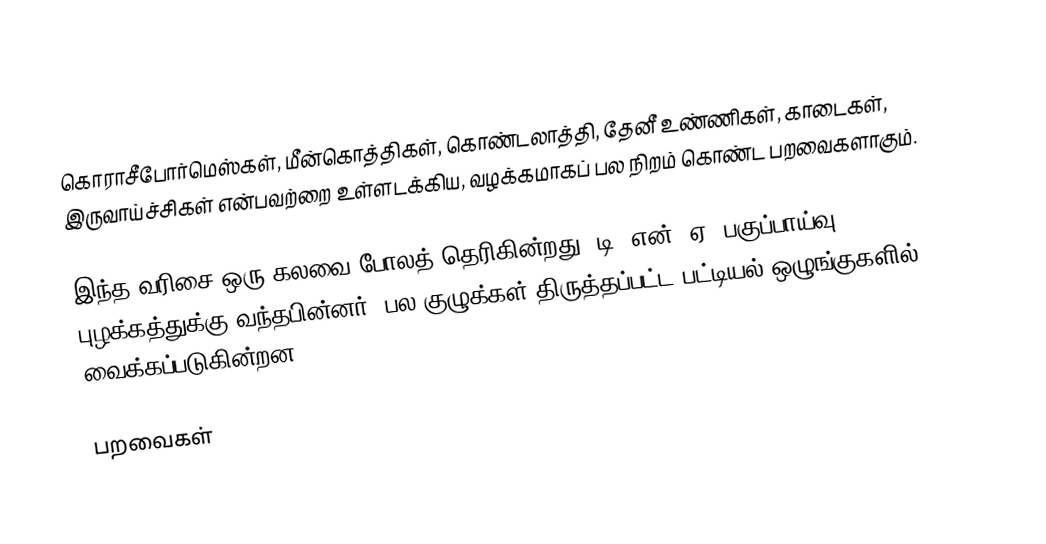
கொராசீபோர்மெஸ்கள், மீன்கொத்திகள், கொண்டலாத்தி, தேனீ உண்ணிகள், காடைகள், இருவாய்ச்சிகள் என்பவற்றை உள்ளடக்கிய, வழக்கமாகப் பல நிறம் கொண்ட பறவைகளாகும்.

இந்த வரிசை ஒரு கலவை போலத் தெரிகின்றது. டி. என். ஏ. பகுப்பாய்வு புழக்கத்துக்கு வந்தபின்னர், பல குழுக்கள் திருத்தப்பட்ட பட்டியல் ஒழுங்குகளில் வைக்கப்படுகின்றன.

பறவைகள்